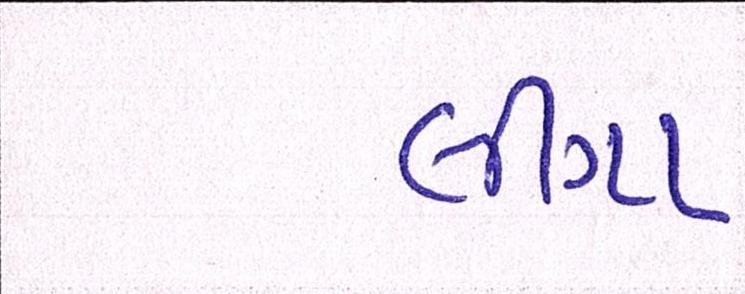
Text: લીગા